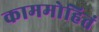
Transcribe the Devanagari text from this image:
काममोहितं